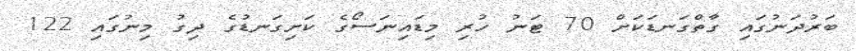
ބަރުދަނުގައި ގާތްގަނޑަކަށް 70 ޓަނު ހުރި މިޑައިނަސޯގެ ކަށިގަނޑުގެ ދިގު މިނުގައި 122